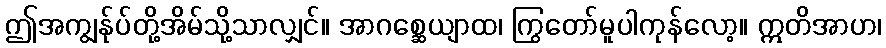
ဤအကျွန်ုပ်တို့အိမ်သို့သာလျှင်။ အာဂစ္ဆေယျာထ၊ ကြွတော်မူပါကုန်လော့။ ဣတိအာဟ၊